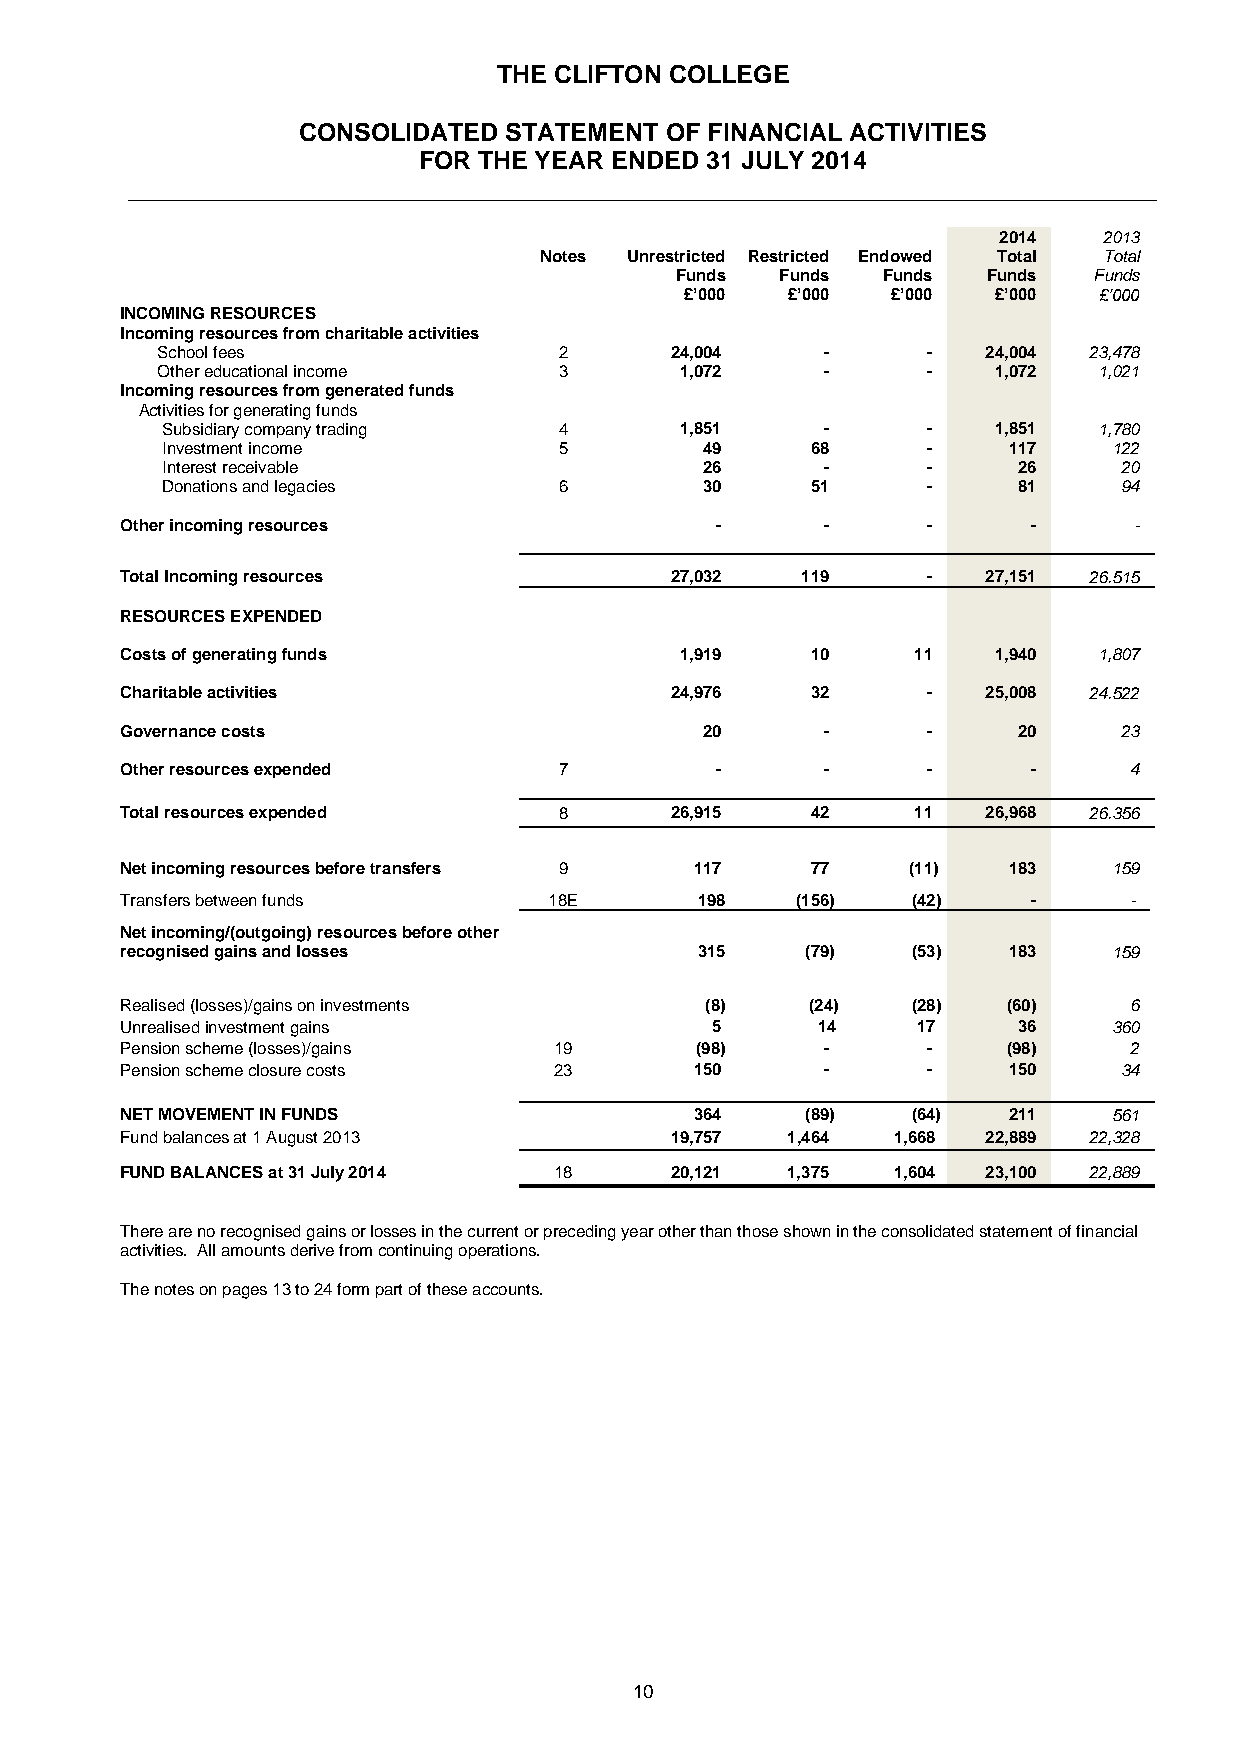
THE CLIFTON COLLEGE
 CONSOLIDATED STATEMENT  OF FINANCIAL ACTIVITIES
 FOR THE YEAR ENDED 31 JULY 2014
 __________________________________________________________________________
 2014   2013
 Notes Unrestricted Restricted Endowed Total Total
 Funds  Funds Funds  Funds  Funds
 £’000  £’000  £’000  £’000  £’000
 INCOMING RESOURCES
 Incoming resources from charitable activities
 School fees                2      24,004     -     -   24,004 23,478
 Other educational income   3       1,072     -     -    1,072  1,021
 Incoming resources from generated funds
 Activities for generating funds
 Subsidiary company trading 4      1,851     -     -    1,851  1,780
 Investment income         5         49     68     -     117    122
 Interest receivable                 26      -     -     26     20
 Donations and legacies    6         30     51     -     81     94
 Other incoming resources               -       -     -      -      -
 Total Incoming resources            27,032   119     -   27,151 26.515
 RESOURCES EXPENDED
 Costs of generating funds            1,919    10     11   1,940  1,807
 Charitable activities               24,976    32     -   25,008 24.522
 Governance costs                       20      -     -     20     23
 Other resources expended     7         -       -     -      -      4
 Total resources expended     8      26,915    42     11  26,968 26.356
 Net incoming resources before transfers 9 117 77    (11)   183    159
 Transfers between funds     18E       198    (156)  (42)    -      -
 Net incoming/(outgoing) resources before other
 recognised gains and losses           315    (79)   (53)   183    159
 Realised (losses)/gains on investments (8)    (24)  (28)   (60)    6
 Unrealised investment gains            5      14     17    36     360
 Pension scheme (losses)/gains 19      (98)     -     -     (98)    2
 Pension scheme closure costs 23       150      -     -     150    34
 NET MOVEMENT IN FUNDS                 364    (89)   (64)   211    561
 Fund balances at 1 August 2013      19,757  1,464  1,668 22,889 22,328
 FUND BALANCES at 31 July 2014 18    20,121  1,375  1,604 23,100 22,889
 There are no recognised gains or losses in the current or preceding year other than those shown in the consolidated statement of financial
 activities. All amounts derive from continuing operations.
 The notes on pages 13 to 24 form part of these accounts.
 10